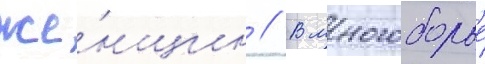
же́нщин // В многоборье